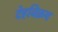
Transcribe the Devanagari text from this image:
देहविक्रय